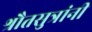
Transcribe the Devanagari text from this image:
श्रौतसुत्रांनी